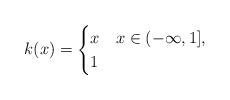
LaTeX: \begin{align*} k(x) = \begin{cases} x & x \in (-\infty,1], \\ 1 & \end{cases}\end{align*}